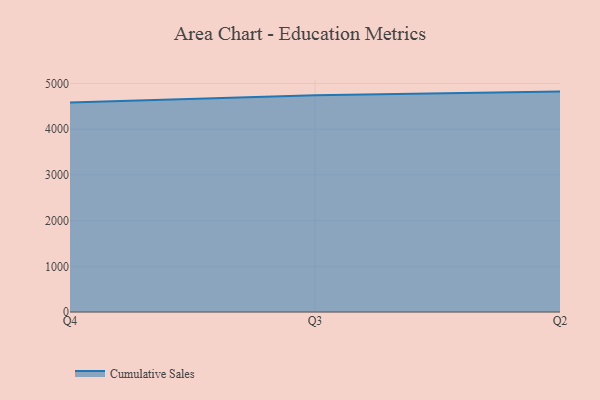
{"axis": {"x": "Quarter", "y": "Active Users"}, "legend": ["Cumulative Sales"], "data": [{"x": "Q4", "y": 4585.9, "type": "Cumulative Sales"}, {"x": "Q3", "y": 4743.1, "type": "Cumulative Sales"}, {"x": "Q2", "y": 4823.5, "type": "Cumulative Sales"}]}